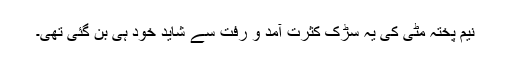
نیم پختہ مٹی کی یہ سڑک کثرت آمد و رفت سے شاید خود ہی بن گئی تھی۔